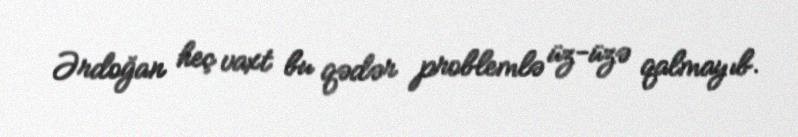
Ərdoğan heç vaxt bu qədər problemlə üz-üzə qalmayıb.